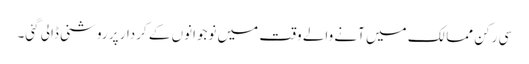
سی رکن ممالک میں آنے والے وقت میں نوجوانوں کے کردار پر روشنی ڈالی گئی۔